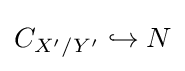
C_{X'/Y'}\hookrightarrow N